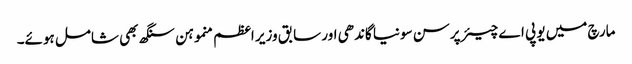
مارچ میں یو پی اے چیئرپرسن سونیا گاندھی اور سابق وزیر اعظم منموہن سنگھ بھی شامل ہوئے۔